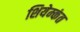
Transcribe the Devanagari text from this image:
शियेम्कंत